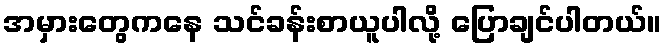
အမှားတွေကနေ သင်ခန်းစာယူပါလို့ ပြောချင်ပါတယ်။